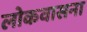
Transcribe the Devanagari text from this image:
लोकवासना